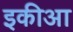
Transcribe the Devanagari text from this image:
इकीआ